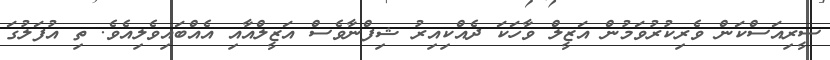
ސީރިއަސްކަން ވެރިކުރުވަމުން އަޒީލްް ވާހަކަ ދެއްކިިއިރު ޝިފްނާވެސް އަޒީލްއާއި އެއްބައިވެލިއެވެ. ތި އުފަލުގަ